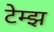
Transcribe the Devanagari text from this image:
टेम्झ